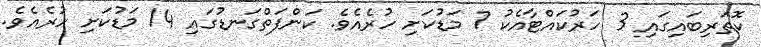
ކޮތަރިބައިގައި 3 ހަރުކައްޓާއެކު 7 މަޑުކަށި ހުރެއެވެ. ކަންފަތްގަނޑުގައި 14 މަޑުކަށި ހުރެއެވެ.